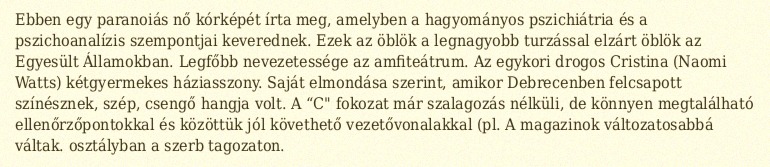
Ebben egy paranoiás nő kórképét írta meg, amelyben a hagyományos pszichiátria és a pszichoanalízis szempontjai keverednek. Ezek az öblök a legnagyobb turzással elzárt öblök az Egyesült Államokban. Legfőbb nevezetessége az amfiteátrum. Az egykori drogos Cristina (Naomi Watts) kétgyermekes háziasszony. Saját elmondása szerint, amikor Debrecenben felcsapott színésznek, szép, csengő hangja volt. A “C" fokozat már szalagozás nélküli, de könnyen megtalálható ellenőrzőpontokkal és közöttük jól követhető vezetővonalakkal (pl. A magazinok változatosabbá váltak. osztályban a szerb tagozaton.